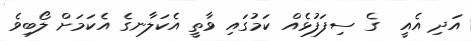
އަދި އެއީ  ގެ ސިފަފުޅެއް ކަމުގައި ވާތީ އެކަލާނގެ އެކަމަށް ލޯބިވެ